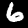
Digit: 6